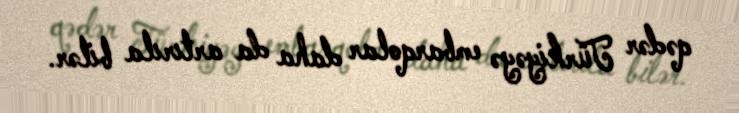
qədər Türkiyəyə embarqolar daha da artırıla bilər.